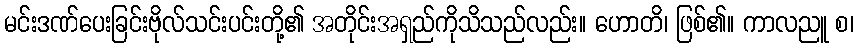
မင်းဒဏ်ပေးခြင်းဗိုလ်သင်းပင်းတို့၏ အတိုင်းအရှည်ကိုသိသည်လည်း။ ဟောတိ၊ ဖြစ်၏။ ကာလညူ စ၊